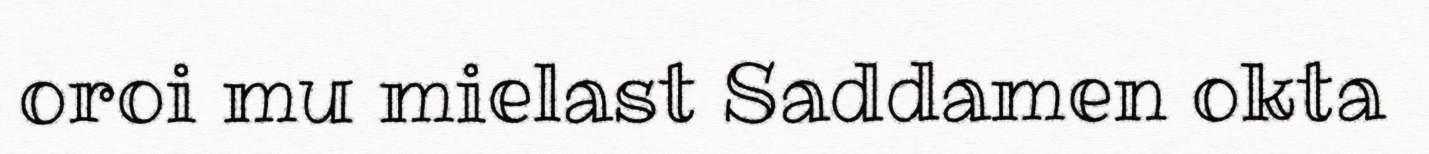
oroi mu mielast Saddamen okta